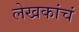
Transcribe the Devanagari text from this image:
लेखकांचं